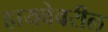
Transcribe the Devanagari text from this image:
हायवेवरील